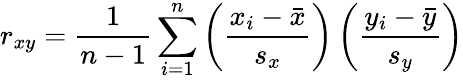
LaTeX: r_{xy}={\frac{1}{n-1}}\sum_{i=1}^{n}\left({\frac{x_{i}-{\bar{x}}}{s_{x}}}\right)\left({\frac{y_{i}-{\bar{y}}}{s_{y}}}\right)